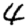
Digit: 4